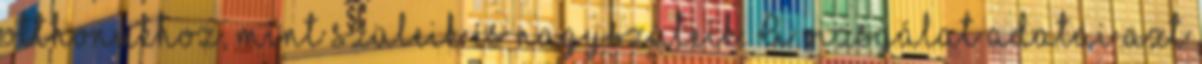
otthonukhoz, mint szüleik és nagyszüleik. A vizsgálat adatai azt